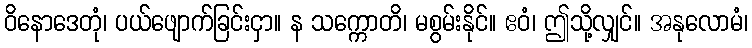
ဝိနောဒေတုံ၊ ပယ်ဖျောက်ခြင်းငှာ။ န သက္ကောတိ၊ မစွမ်းနိုင်။ ဧဝံ၊ ဤသို့လျှင်။ အနုလောမံ၊